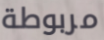
مربوطة